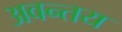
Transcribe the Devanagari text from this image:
अवन्तय